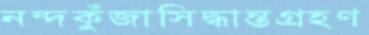
নন্দকুঁজাসিদ্ধান্তগ্রহণ